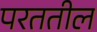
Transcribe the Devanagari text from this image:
परततील